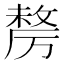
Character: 𭆓